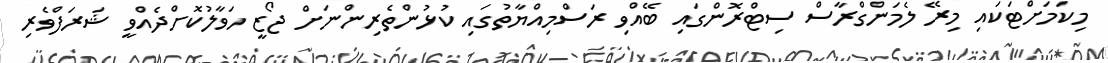
މިކަމަށްޓަކައި މިރޭ ލެމަންގްރާސް ސިޓްރޮންގައި ބޭއްވި ރަސްމިއްޔާތުގައި ކުޅުންތެރިންނަށް ޖޯޒީ ހަވާލުކޮށްދެއްވީ ޝަރަފްވެރި